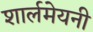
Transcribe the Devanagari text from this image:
शार्लमेयनी